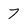
Character: 7